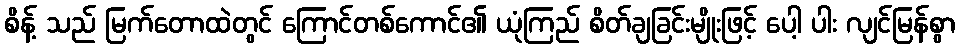
စိန့် သည် မြက်တောထဲတွင် ကြောင်တစ်ကောင်၏ ယုံကြည် စိတ်ချခြင်းမျိုးဖြင့် ပေါ့ ပါး လျင်မြန်စွာ